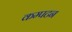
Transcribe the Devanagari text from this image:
कम्पटन